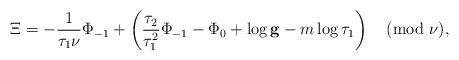
LaTeX: \begin{align*} \Xi = - \frac{1}{\tau_1\nu}\Phi_{-1} + \left(\frac{\tau_2}{\tau_1^2}\Phi_{-1}-\Phi_0 + \log \mathbf{g} - m \log \tau_1\right) \pmod{\nu},\end{align*}